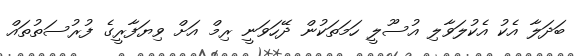
ބަދަލާ އެކު އެކުލަވާލި އުސޫލީ ހަމަތަކުން ދޭހަވަނީ ރިމް އަށް ވިޔަފާރީގެ ފުރުސަތުތައް